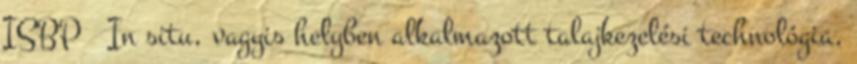
ISBP  In situ, vagyis helyben alkalmazott talajkezelési technológia,